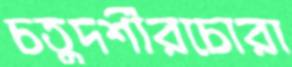
চতুদর্শীরচোরা